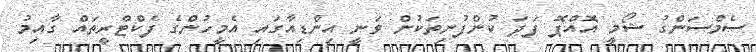
ސެމްސަންގު ޝޯމީ އޮއްޕޮ ފަދަ ކުންފުނިތަކުން ވަނީ އިންޑިއާގައި އެމީހުންގެ ފެކްޓްރީތަައް ގާއިމު